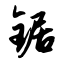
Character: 锯